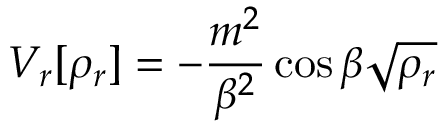
V _ { r } [ \rho _ { r } ] = - \frac { m ^ { 2 } } { \beta ^ { 2 } } \cos \beta \sqrt { \rho _ { r } }